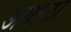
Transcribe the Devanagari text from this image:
अवाला